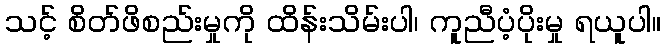
သင့် စိတ်ဖိစည်းမှုကို ထိန်းသိမ်းပါ၊ ကူညီပံ့ပိုးမှု ရယူပါ။